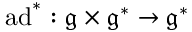
\operatorname { a d } ^ { * } : \mathfrak { g } \times \mathfrak { g } ^ { * } \to \mathfrak { g } ^ { * }